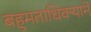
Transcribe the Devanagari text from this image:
बहुमताधिक्याने